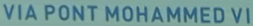
VIA PONT MOHAMMED